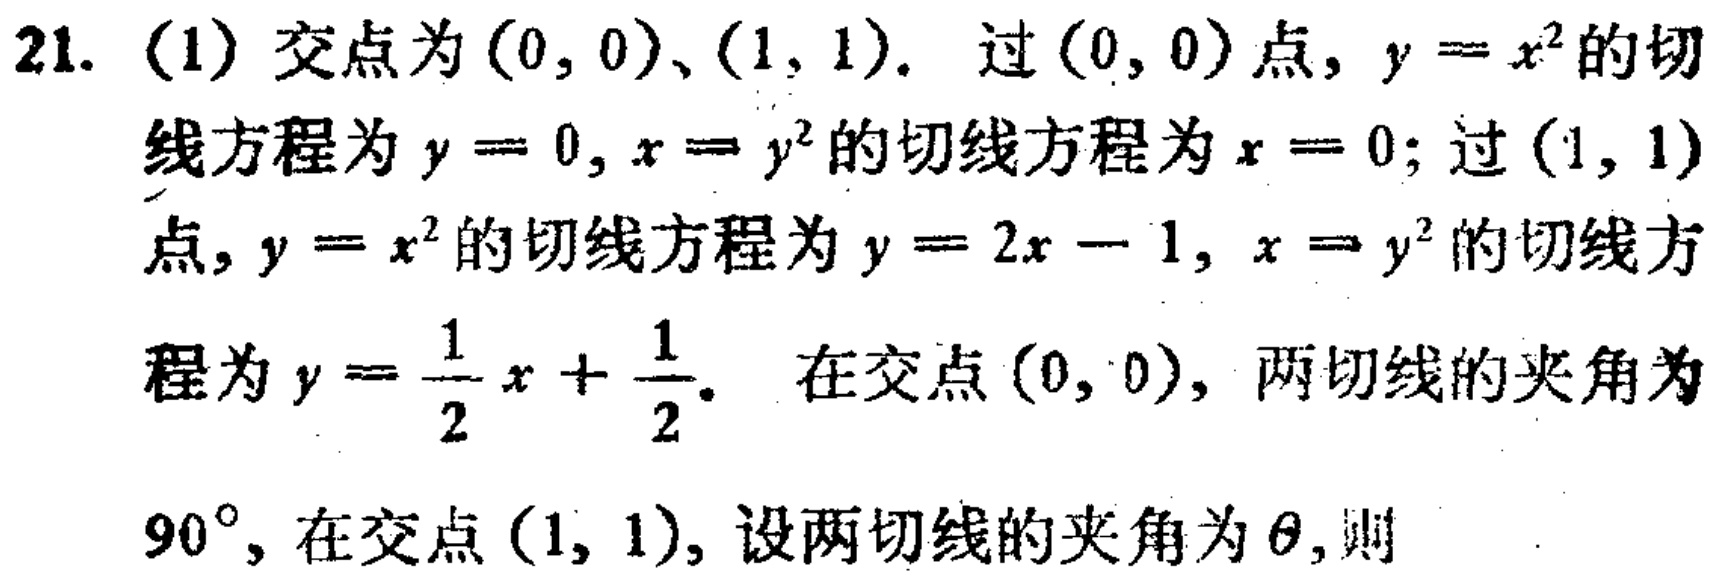
21. (1) 交点为\((0, 0)\)、\((1, 1)\). 过\((0, 0)\)点, \(y = x^{2}\)的切线方程为\(y = 0\), \(x = y^{2}\)的切线方程为\(x = 0\); 过\((1, 1)\)点, \(y = x^{2}\)的切线方程为\(y = 2x - 1\), \(x = y^{2}\)的切线方程为\(y = \frac{1}{2}x + \frac{1}{2}\). 在交点\((0, 0)\), 两切线的夹角为\(90^{\circ}\), 在交点\((1, 1)\), 设两切线的夹角为\(\theta\), 则